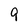
Character: 9